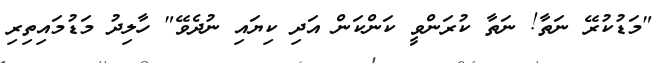
"މަޑުކުރޭ ނަތާ! ނަތާ ކުރަންވީ ކަންކަން އަދި ކިޔައި ނުދެވޭ" ހާލިދު މަޑުމައިތިރި